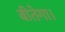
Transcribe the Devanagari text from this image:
बीतेगा।